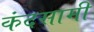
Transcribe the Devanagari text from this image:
कंदसामी